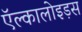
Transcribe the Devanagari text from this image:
ऍल्कालोइड़स